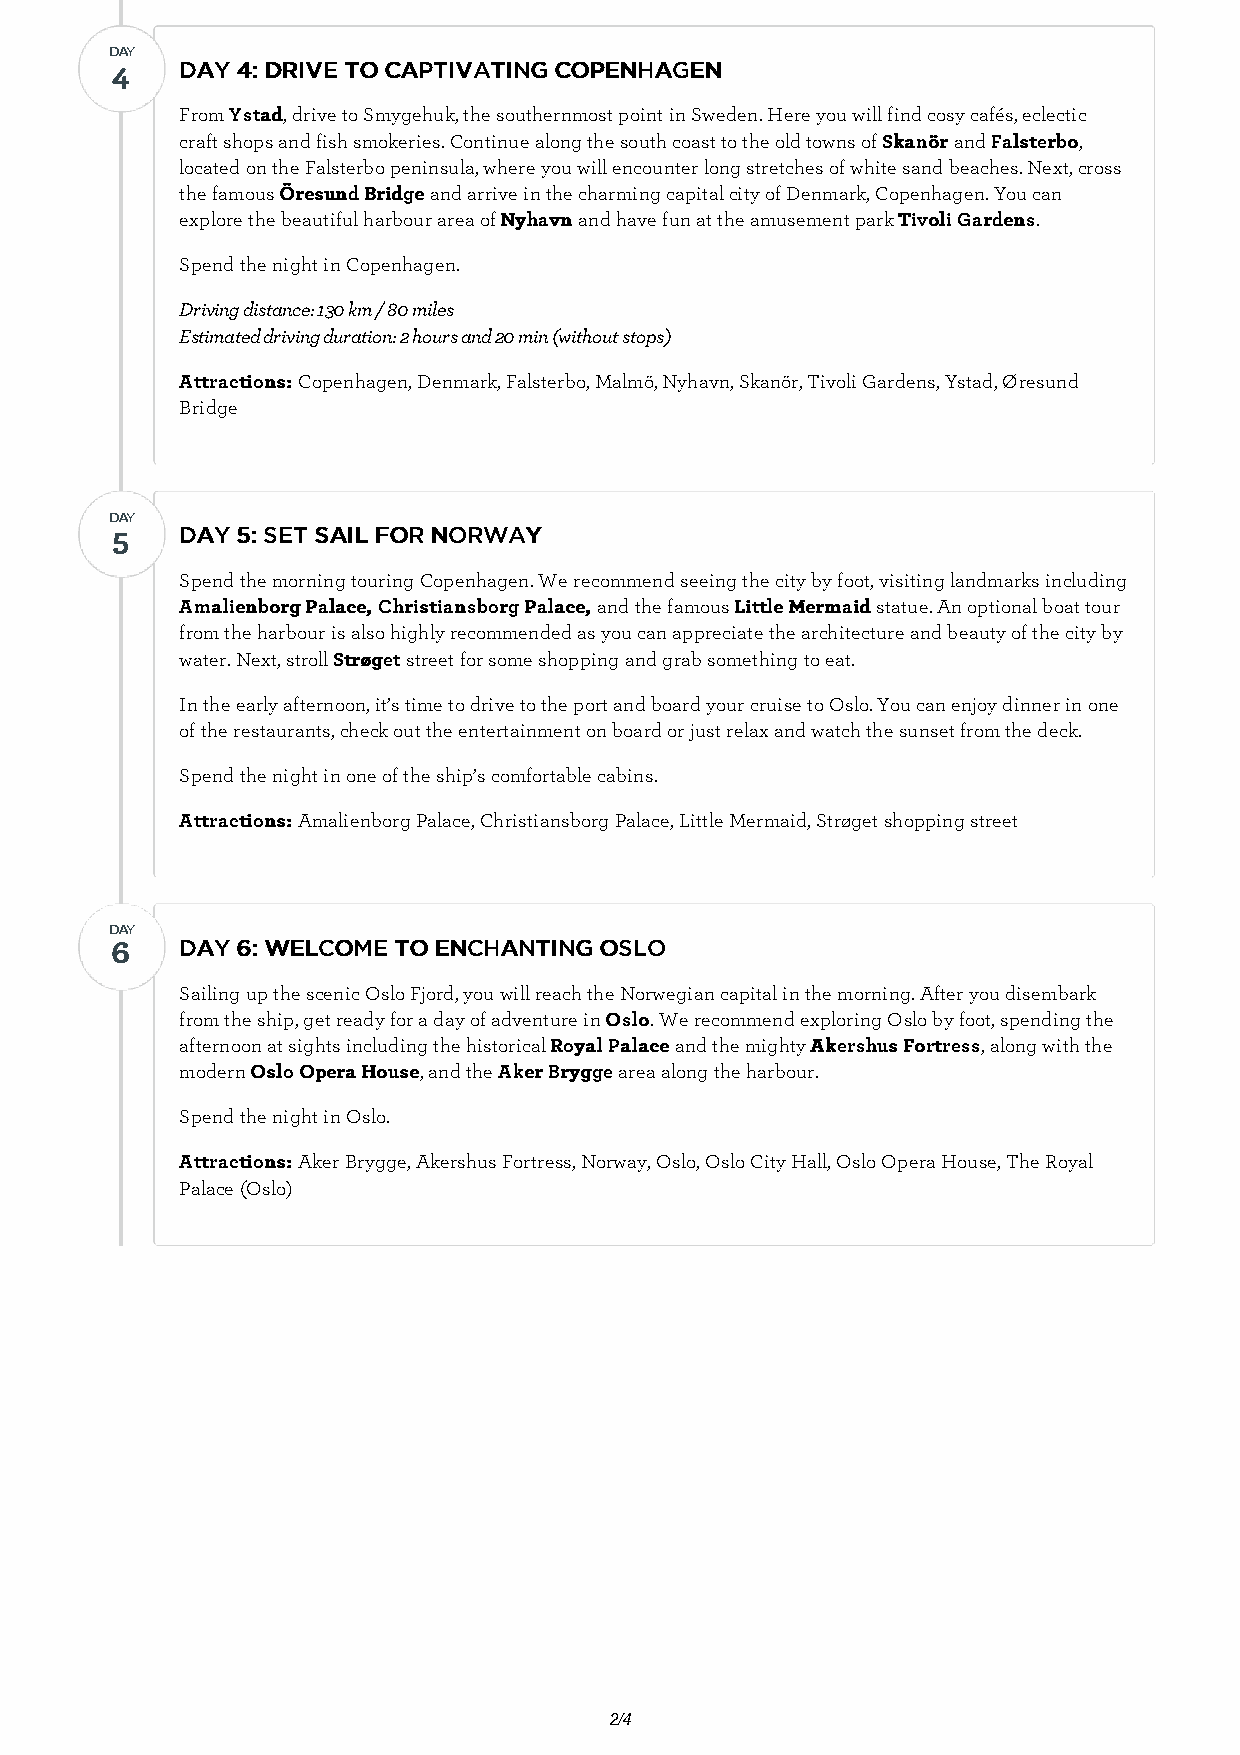
DDAAYY
 44   DDAAYY 44:: DDRRIIVVEE TTOO CCAAPPTTIIVVAATTIINNGG CCOOPPEENNHHAAGGEENN
 From YYssttaadd, drive to Smygehuk, the southernmost point in Sweden. Here you will find cosy cafés, eclectic
 craft shops and fish smokeries. Continue along the south coast to the old towns of SSkkaannöörr and FFaallsstteerrbboo,
 located on the Falsterbo peninsula, where you will encounter long stretches of white sand beaches. Next, cross
 the famous ÖÖrreessuunndd BBrriiddggee and arrive in the charming capital city of Denmark, Copenhagen. You can
 explore the beautiful harbour area of NNyyhhaavvnn and have fun at the amusement park TTiivvoollii GGaarrddeennss.
 Spend the night in Copenhagen.
 Driving distance: 130 km / 80 miles
 Estimated driving duration: 2 hours and 20 min (without stops)
 AAttttrraaccttiioonnss:: Copenhagen, Denmark, Falsterbo, Malmö, Nyhavn, Skanör, Tivoli Gardens, Ystad, Øresund
 Bridge
 DDAAYY
 55   DDAAYY 55:: SSEETT SSAAIILL FFOORR NNOORRWWAAYY
 Spend the morning touring Copenhagen. We recommend seeing the city by foot, visiting landmarks including
 AAmmaalliieennbboorrgg PPaallaaccee,, CChhrriissttiiaannssbboorrgg PPaallaaccee,, and the famous LLiittttllee MMeerrmmaaiidd statue. An optional boat tour
 from the harbour is also highly recommended as you can appreciate the architecture and beauty of the city by
 water. Next, stroll SSttrrøøggeett street for some shopping and grab something to eat.
 In the early afternoon, it’s time to drive to the port and board your cruise to Oslo. You can enjoy dinner in one
 of the restaurants, check out the entertainment on board or just relax and watch the sunset from the deck.
 Spend the night in one of the ship’s comfortable cabins.
 AAttttrraaccttiioonnss:: Amalienborg Palace, Christiansborg Palace, Little Mermaid, Strøget shopping street
 DDAAYY
 66   DDAAYY 66:: WWEELLCCOOMMEE TTOO EENNCCHHAANNTTIINNGG OOSSLLOO
 Sailing up the scenic Oslo Fjord, you will reach the Norwegian capital in the morning. After you disembark
 from the ship, get ready for a day of adventure in OOsslloo. We recommend exploring Oslo by foot, spending the
 afternoon at sights including the historical RRooyyaall PPaallaaccee and the mighty AAkkeerrsshhuuss FFoorrttrreessss, along with the
 modern OOsslloo OOppeerraa HHoouussee, and the AAkkeerr BBrryyggggee area along the harbour.
 Spend the night in Oslo.
 AAttttrraaccttiioonnss:: Aker Brygge, Akershus Fortress, Norway, Oslo, Oslo City Hall, Oslo Opera House, The Royal
 Palace (Oslo)
 2/4